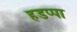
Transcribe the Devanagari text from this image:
हडप्‍पा